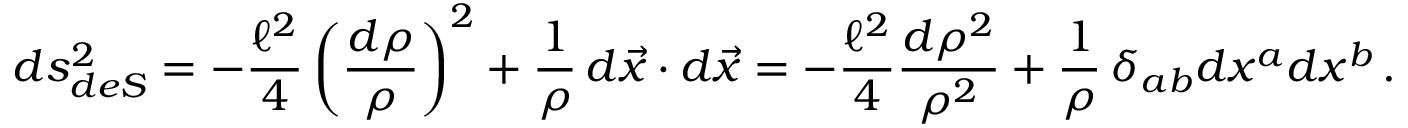
d s _ { d e S } ^ { 2 } = - { \frac { \ell ^ { 2 } } { 4 } } \left( { \frac { d \rho } { \rho } } \right) ^ { 2 } + { \frac { 1 } { \rho } } \, d \vec { x } \cdot d \vec { x } = - { \frac { \ell ^ { 2 } } { 4 } } { \frac { d \rho ^ { 2 } } { \rho ^ { 2 } } } + { \frac { 1 } { \rho } } \, \delta _ { a b } d x ^ { a } d x ^ { b } \, .